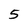
Character: 5